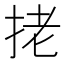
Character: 㧯